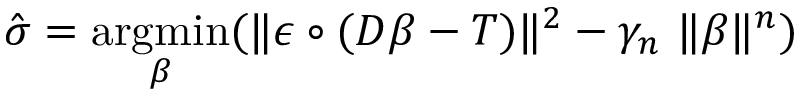
\hat { \boldsymbol \sigma } = \underset { \boldsymbol \beta } { \operatorname { a r g m i n } } ( \| \boldsymbol \epsilon \circ ( D \boldsymbol \beta - T ) \| ^ { 2 } - \gamma _ { n } ~ \| \boldsymbol \beta \| ^ { n } )